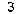
3